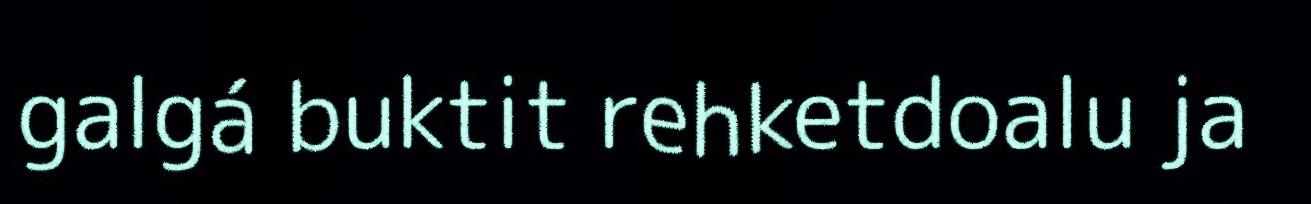
galgá buktit rehketdoalu ja